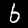
Digit: 6